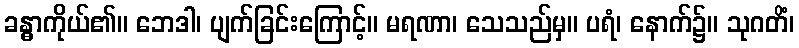
ခန္ဓာကိုယ်၏။ ဘေဒါ၊ ပျက်ခြင်းကြောင့်။ မရဏာ၊ သေသည်မှ။ ပရံ၊ နောက်၌။ သုဂတိံ၊